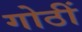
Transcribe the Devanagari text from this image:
गोठीं